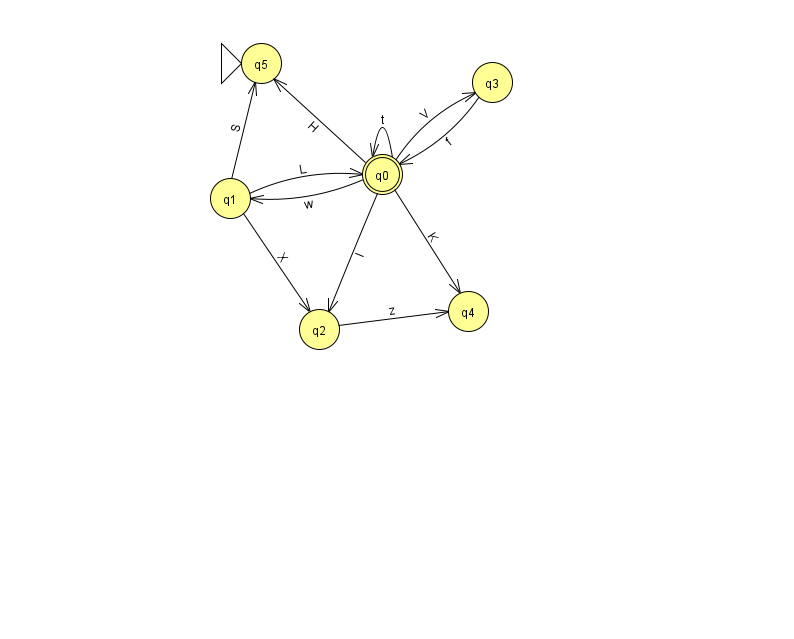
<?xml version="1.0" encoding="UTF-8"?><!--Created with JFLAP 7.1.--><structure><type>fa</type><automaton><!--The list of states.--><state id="0" name="q0"><x>382.0</x><y>161.0</y><final/></state><state id="1" name="q1"><x>230.0</x><y>185.0</y></state><state id="2" name="q2"><x>319.0</x><y>316.0</y></state><state id="3" name="q3"><x>492.0</x><y>69.0</y></state><state id="4" name="q4"><x>468.0</x><y>298.0</y></state><state id="5" name="q5"><x>261.0</x><y>50.0</y><initial/></state><!--The list of transitions.--><transition><from>1</from><to>2</to><read>X</read></transition><transition><from>0</from><to>0</to><read>t</read></transition><transition><from>0</from><to>4</to><read>K</read></transition><transition><from>1</from><to>0</to><read>L</read></transition><transition><from>0</from><to>3</to><read>V</read></transition><transition><from>2</from><to>4</to><read>z</read></transition><transition><from>3</from><to>0</to><read>f</read></transition><transition><from>0</from><to>2</to><read>I</read></transition><transition><from>0</from><to>5</to><read>H</read></transition><transition><from>1</from><to>5</to><read>S</read></transition><transition><from>0</from><to>1</to><read>w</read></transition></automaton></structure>